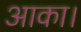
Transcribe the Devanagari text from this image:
आका।